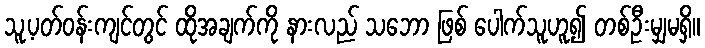
သူ့ပတ်ဝန်းကျင်တွင် ထိုအချက်ကို နားလည် သဘော ဖြစ် ပေါက်သူဟူ၍ တစ်ဦးမျှမရှိ။